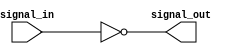
module inverter(
    input wire signal_in,
    output reg signal_out
);

always @ (*)
begin
    signal_out = ~signal_in;
end

endmodule